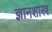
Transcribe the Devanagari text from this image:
ज्ञानशास्त्र